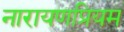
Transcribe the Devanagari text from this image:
नारायणप्रियम